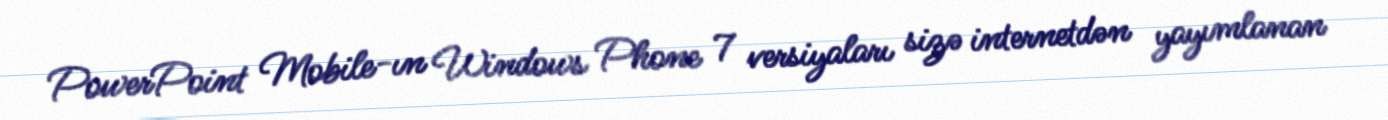
PowerPoint Mobile-ın Windows Phone 7 versiyaları sizə internetdən yayımlanan